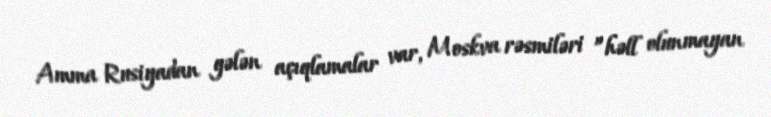
Amma Rusiyadan gələn açıqlamalar var, Moskva rəsmiləri ”həll olunmayan